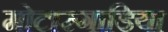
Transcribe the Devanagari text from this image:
मोटारगाडिया